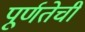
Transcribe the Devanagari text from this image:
पूर्णतेची